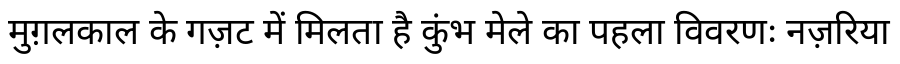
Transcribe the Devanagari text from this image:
मुग़लकाल के गज़ट में मिलता है कुंभ मेले का पहला विवरणः नज़रिया